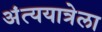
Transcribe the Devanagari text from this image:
अंत्ययात्रेला